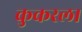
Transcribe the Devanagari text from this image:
कुकरला